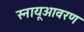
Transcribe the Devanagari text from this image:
स्नायूआवरण